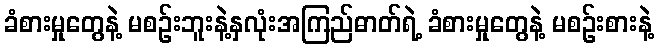
ခံစားမှုတွေနဲ့ မစဉ်းဘူးနဲ့နှလုံးအကြည်ဓာတ်ရဲ့ ခံစားမှုတွေနဲ့ မစဉ်းစားနဲ့